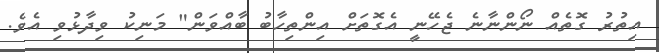
އިތުރު ގޮތެއް ނޯންނާނެ ޖެހޭނީ އެގޮތަށް އިންތިހާބު ބާއްވަން" މަނިކު ވިދާޅުވި އެވެ.